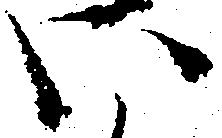
い